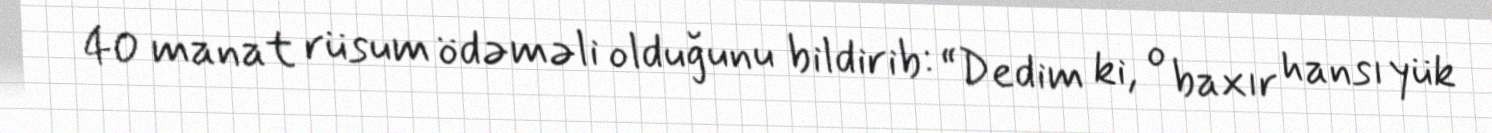
40 manat rüsum ödəməli olduğunu bildirib: “Dedim ki, o baxır hansı yük